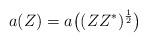
LaTeX: \begin{align*}a(Z) = a\big((ZZ^*)^\frac{1}{2}\big)\end{align*}